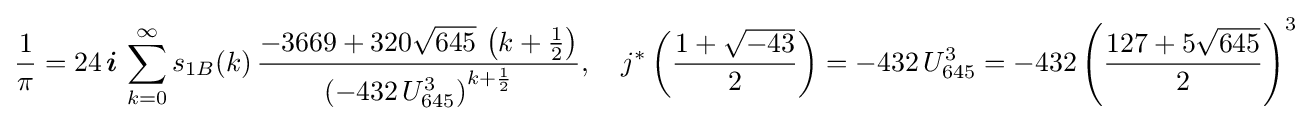
{\frac {1}{\pi }}=24\,{\boldsymbol {i}}\,\sum _{k=0}^{\infty }s_{1B}(k)\,{\frac {-3669+320{\sqrt {645}}\,\left(k+{\frac {1}{2}}\right)}{\left({-432}\,U_{645}^{3}\right)^{k+{\frac {1}{2}}}}},\quad j^{*}\left({\frac {1+{\sqrt {-43}}}{2}}\right)=-432\,U_{645}^{3}=-432\left({\frac {127+5{\sqrt {645}}}{2}}\right)^{3}